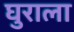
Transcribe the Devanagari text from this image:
घुराला